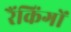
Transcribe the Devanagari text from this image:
रैंकिंगों